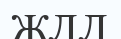
ЖЛЛ